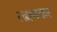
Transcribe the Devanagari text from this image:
रत्नामकर